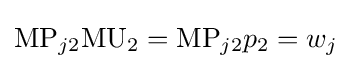
{\text{MP}}_{j2}{\text{MU}}_{2}={\text{MP}}_{j2}p_{2}=w_{j}